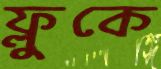
ফ্লুকে